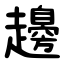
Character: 䟍